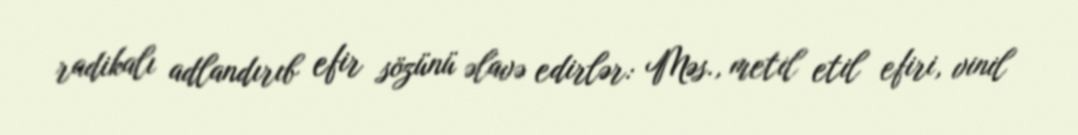
radikalı adlandırıb efir sözünü əlavə edirlər: Məs., metil etil efiri, vinil